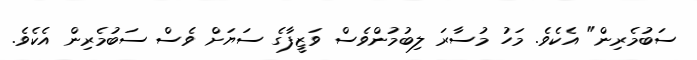
ސަބުމެރިން" އެކެވެ. މަހު މުސާރަ ލިބުމުންވެސް ވަޒީފާގެ ސަޔަށް ވެސް ސަބުމެރިން އެކެވެ.